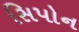
સિપોન